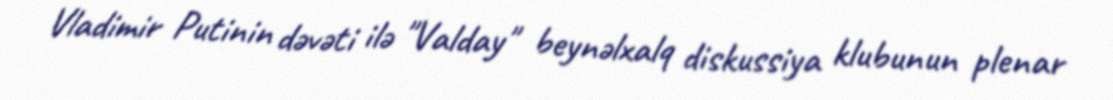
Vladimir Putinin dəvəti ilə "Valday" beynəlxalq diskussiya klubunun plenar